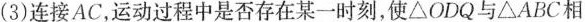
(3)连接AC，运动过程中是否存在某一时刻，使△ODQ与△ABC相